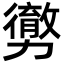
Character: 勶